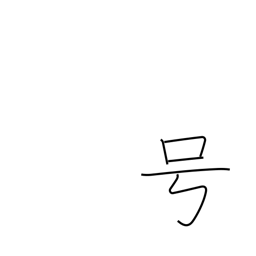
Meaning: nickname